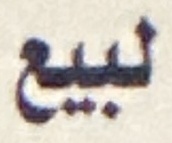
لبيع